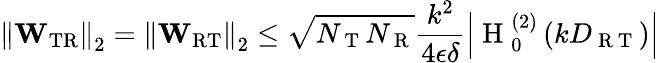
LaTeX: \left\Vert\mathbf{W}_{\mathrm{TR}}\right\Vert_{2}=\left\Vert\mathbf{W}_{\mathrm{RT}}\right\Vert_{2}\leq\sqrt{N_{\mathrm{~T~}}N_{\mathrm{~R~}}}\frac{k^{2}}{4\epsilon\delta}\left|\mathrm{~H~}_{0}^{(2)}\left(kD_{\mathrm{~R~T~}}\right)\right|